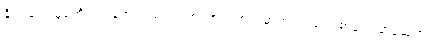
နိုင်ငံရေး မုန်တိုင်းထန်တဲ့ ပြည်တွင်းစစ်အစကာလမှာ စတင်ခဲ့တဲ့ စာပေဗိမာန်ဆုဟာ